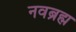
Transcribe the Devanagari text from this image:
नवब्रह्म